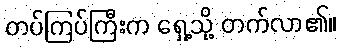
တပ်ကြပ်ကြီးက ရှေ့သို့ တက်လာ၏။